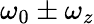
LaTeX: \omega_{0}\pm\omega_{z}